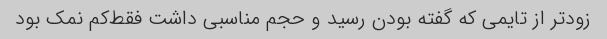
زودتر از تایمی که گفته بودن رسید و حجم مناسبی داشت فقط‌کم نمک بود